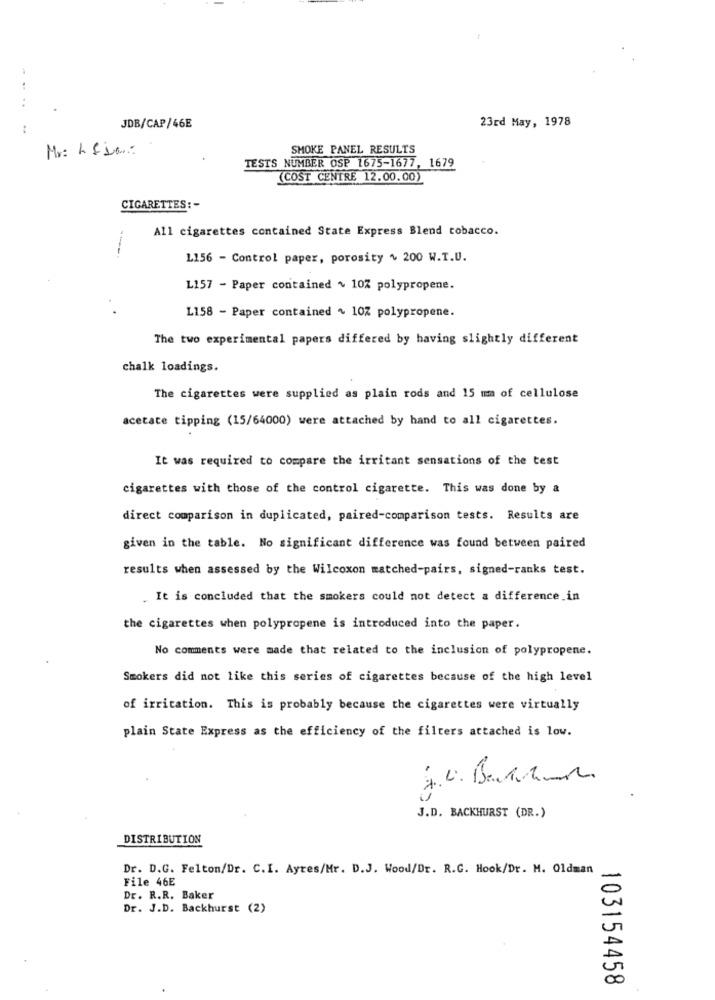
..
23rd May, 1978
JDB/CAP/46E
Mr: LEDan:
SMOKE PANEL RESULTS
TESTS NUMBER OSP 1675-1677, 1679
(COST CENTRE 12.00.00)
CIGARETTES: -
All cigarettes contained State Express Blend tobacco.
- ---
L156 - Control paper, porosity + 200 W.T.U.
L157 - Paper contained ~ 10% polypropene.
L158 - Paper contained ~ 10% polypropene.
The two experimental papers differed by having slightly different
chalk loadings.
The cigarettes were supplied as plain rods and 15 mm of cellulose
acetate tipping (15/64000) were attached by hand to all cigarettes.
It was required to compare the irritant sensations of the test
cigarettes with those of the control cigarette. This was done by a
direct comparison in duplicated, paired-comparison tests. Results are
given in the table. No significant difference was found between paired
results when assessed by the Wilcoxon matched-pairs, signed-ranks test.
. It is concluded that the smokers could not detect a difference in
the cigarettes when polypropene is introduced into the paper.
No comments were made that related to the inclusion of polypropene.
Smokers did not like this series of cigarettes because of the high level
of irritation. This is probably because the cigarettes were virtually
plain State Express as the efficiency of the filters attached is low.
J.D. BACKHURST (DR.)
DISTRIBUTION
Dr. D.G. Felton/Dr. C.I. Ayres/Mr. D.J. Wood/Dr. R.C. Hook/Dr. M. Oldman
File 46E
Dr. R.R. Baker
Dr. J.D. Backhurst (2)
л
00
103154458